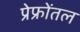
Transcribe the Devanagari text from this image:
प्रेफ्रोंतल